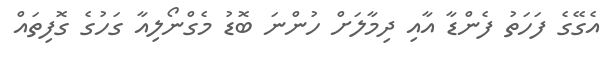
އެގޭގެ ފަހަތު ފެންޑާ އާއި ދިމާލަށް ހުންނަ ބޮޑު މެގްނޯލިއާ ގަހުގެ ގޮފިތައް